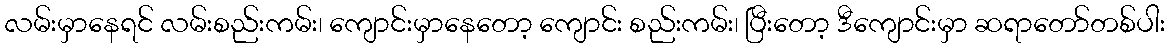
လမ်းမှာနေရင် လမ်းစည်းကမ်း၊ ကျောင်းမှာနေတော့ ကျောင်း စည်းကမ်း၊ ပြီးတော့ ဒီကျောင်းမှာ ဆရာတော်တစ်ပါး